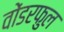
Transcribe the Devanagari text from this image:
वोंडरफुल